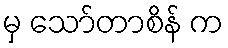
မှ သော်တာစိန် က